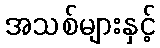
အသစ်များနှင့်